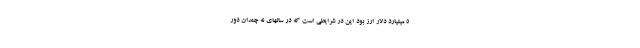
۵ میلیارد دلار ارز بود این در شرایطی است که در سالهای نه چندان دور